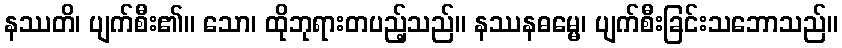
နဿတိ၊ ပျက်စီး၏။ သော၊ ထိုဘုရားတပည့်သည်။ နဿနဓမ္မေ၊ ပျက်စီးခြင်းသဘောသည်။